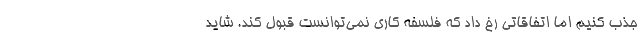
جذب کنیم اما اتفاقاتی رخ داد که فلسفه کاری نمی‌توانست قبول کند. شاید